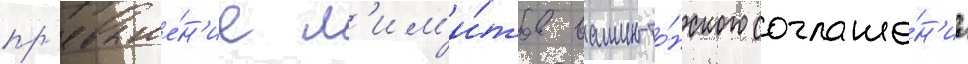
пр'евыше́н'ие л'им'и́тов вашингто́нского соглаше́н'иа